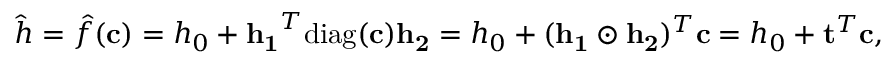
\hat { h } = \hat { f } ( \mathbf { c } ) = h _ { 0 } + \mathbf { h _ { 1 } } ^ { T } \mathrm { d i a g } ( \mathbf { c } ) \mathbf { h _ { 2 } } = h _ { 0 } + ( \mathbf { h _ { 1 } } \odot \mathbf { h _ { 2 } } ) ^ { T } \mathbf { c } = h _ { 0 } + \mathbf { t } ^ { T } \mathbf { c } ,